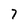
Character: 7